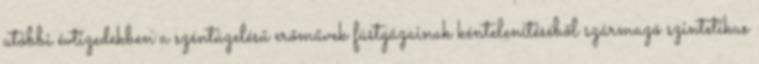
utóbbi évtizedekben a széntüzelésű erőművek füstgázainak kéntelenítéséből származó szintetikus